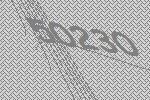
50230